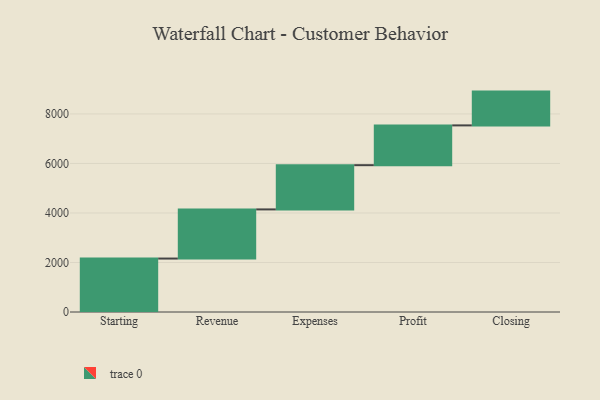
{"axis": {"x": "Step", "y": "Value"}, "legend": [""], "data": [{"x": "Starting", "y": 2159.0, "type": ""}, {"x": "Revenue", "y": 1985.0, "type": ""}, {"x": "Expenses", "y": 1787.0, "type": ""}, {"x": "Profit", "y": 1607.0, "type": ""}, {"x": "Closing", "y": 1365.0, "type": ""}]}